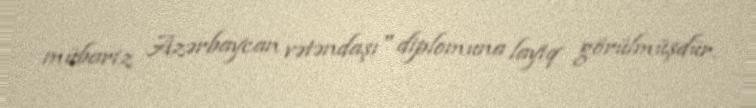
mübariz Azərbaycan vətəndaşı" diplomuna layiq görülmüşdür.